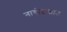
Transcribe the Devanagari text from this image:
नाबोङखाउ